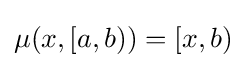
\mu (x,[a,b))=[x,b)